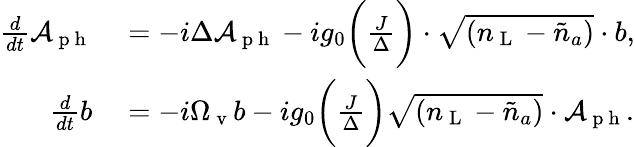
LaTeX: \begin{array}{rl}{\frac{d}{dt}\mathcal{A}_{\mathrm{~p~h~}}}&{{}=-i\Delta\mathcal{A}_{\mathrm{~p~h~}}-ig_{0}\bigg(\frac{J}{\Delta}\bigg)\cdot\sqrt{({n}_{\mathrm{~L~}}-\tilde{n}_{a})}\cdot b,}\\ {\frac{d}{dt}b}&{{}=-i\Omega_{\mathrm{~v~}}b-ig_{0}\bigg(\frac{J}{\Delta}\bigg)\sqrt{({n}_{\mathrm{~L~}}-\tilde{n}_{a})}\cdot\mathcal{A}_{\mathrm{~p~h~}}.}\end{array}